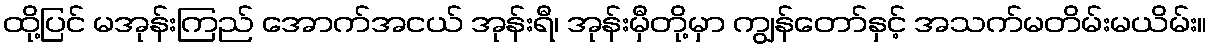
ထို့ပြင် မအုန်းကြည် အောက်အငယ် အုန်းရီ၊ အုန်းမှီတို့မှာ ကျွန်တော်နှင့် အသက်မတိမ်းမယိမ်း။